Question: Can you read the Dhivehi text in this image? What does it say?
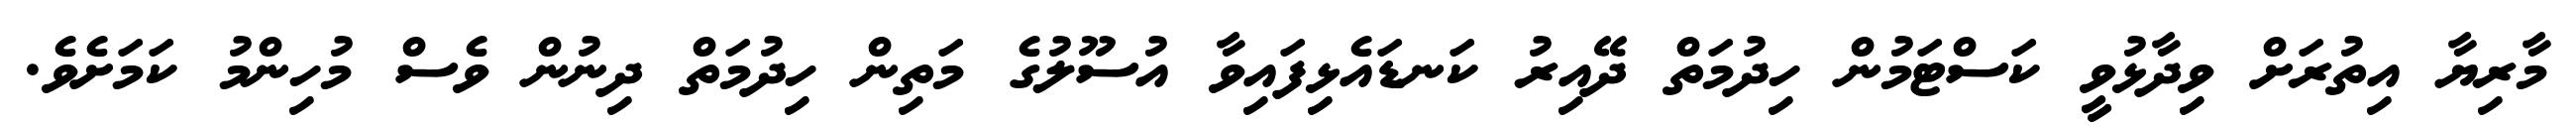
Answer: މާރިޔާ އިތުރަށް ވިދާޅުވީ ކަސްޓަމުން ހިދުމަތް ދޭއިރު ކަނޑައެޅިފައިވާ އުސޫލުގެ މަތިން ހިދުމަތް ދިނުން ވެސް މުހިންމު ކަމަށެވެ.